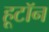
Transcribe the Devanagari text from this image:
हूटॉन